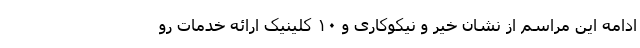
ادامه این مراسم از نشان خیر و نیکوکاری و ۱۰ کلینیک ارائه خدمات رو